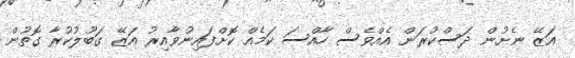
އަޒޭ ނެށުން ދަސްކުރަން އެއްވެސް ހާއްސަ ކަމެއް ކޮށްފައިނުވާއިރު އަޒޭ ގަބޫލުކުރާ ގޮތުން